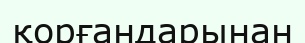
қорғандарынан